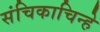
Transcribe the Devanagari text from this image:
संचिकाचिन्हे